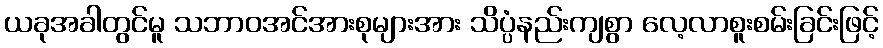
ယခုအခါတွင်မူ သဘာဝအင်အားစုများအား သိပ္ပံနည်းကျစွာ လေ့လာစူးစမ်းခြင်းဖြင့်